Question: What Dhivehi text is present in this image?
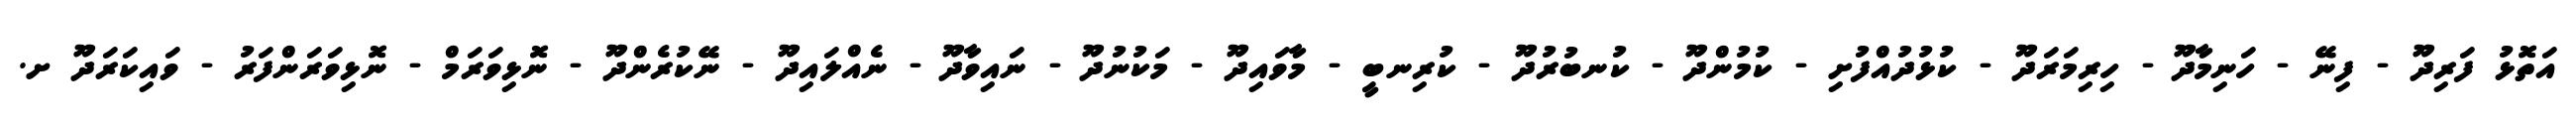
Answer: އަތޮޅު ފަރިދޫ - ފިނޭ - ހަނިމާދޫ - ހިރިމަރަދޫ - ކުޅުދުއްފުށި - ކުމުންދޫ - ކުނބުރުދޫ - ކުރިނބީ - މާވައިދޫ - މަކުނުދޫ - ނައިވާދޫ - ނެއްލައިދޫ - ނޭކުރެންދޫ - ނޮޅިވަރަމް - ނޮޅިވަރަންފަރު - ވައިކަރަދޫ ށ.